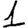
Digit: 1